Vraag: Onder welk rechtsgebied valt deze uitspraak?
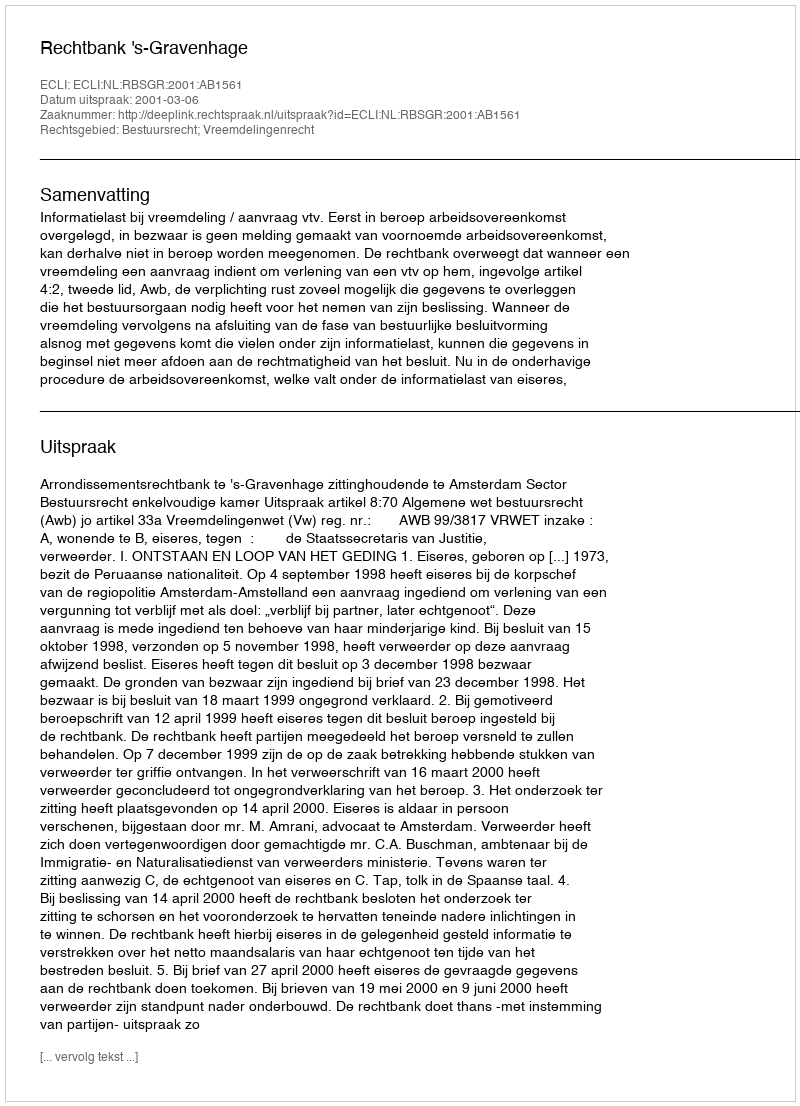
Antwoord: Bestuursrecht; Vreemdelingenrecht